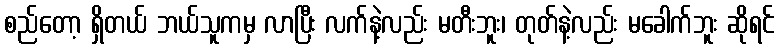
စည်တော့ ရှိတယ် ဘယ်သူကမှ လာပြီး လက်နဲ့လည်း မတီးဘူး၊ တုတ်နဲ့လည်း မခေါက်ဘူး ဆိုရင်